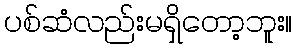
ပစ်ဆံလည်းမရှိတော့ဘူး။